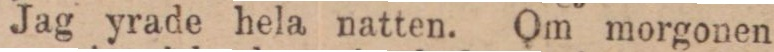
Jag yrade hela natten. Om morgonen